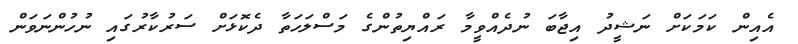
އެއިން ކަމަކަށް ނަޝީދު އިޖާބަ ނުދެއްވީމާ ރައްޔިތުންގެ މަސްލަހަތާ ދެކޮޅަށް ސަރުކާރުގައި ނުހުންނަވަން